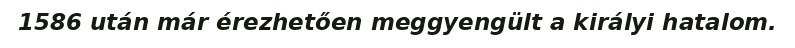
1586 után már érezhetően meggyengült a királyi hatalom.